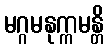
မဂ္ဂမနုက္ကမန္တိ